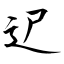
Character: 迉